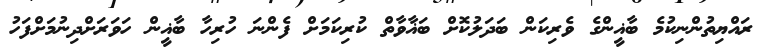
ރައްޔިތުންނިކުމެ ބާޣީންގެ ވެރިކަން ބަދަލުކޮށް ބަޣާވާތް ކުރިކަމަށް ފެންނަ ހުރިހާ ބާޣީން ހަވަރަށްދިނުމަށްފަހު